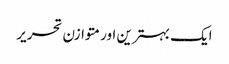
ایک بہترین اور متوازن تحریر